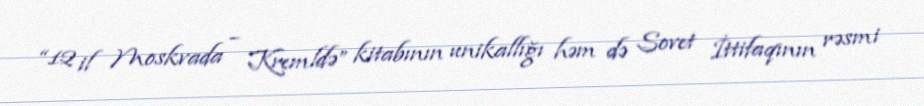
“12 il Moskvada – Kremldə” kitabının unikallığı həm də Sovet İttifaqının rəsmi